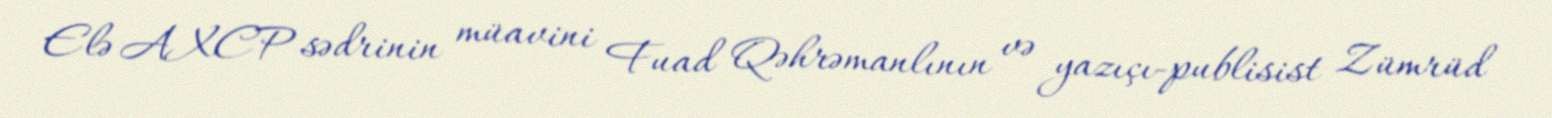
Elə AXCP sədrinin müavini Fuad Qəhrəmanlının və yazıçı-publisist Zümrüd